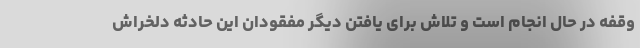
وقفه در حال انجام است و تلاش برای یافتن دیگر مفقودان این حادثه دلخراش